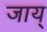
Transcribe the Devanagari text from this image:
जाय्